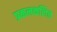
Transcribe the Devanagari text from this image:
प्रकलकलित